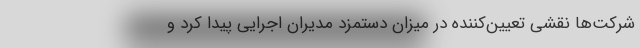
شرکت‌ها نقشی تعیین‌کننده در میزان دستمزد مدیران اجرایی پیدا کرد و